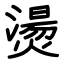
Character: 燙